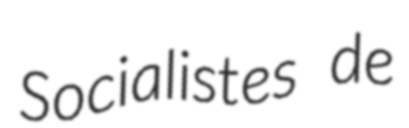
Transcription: Socialistes de